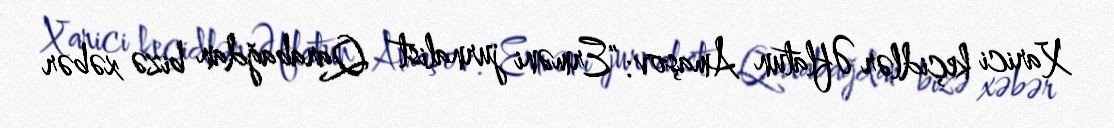
Xarici keçidlər Əflatun Amaşov: "Erməni jurnalist Qarabağdan bizə xəbər